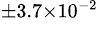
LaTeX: ^{\pm 3.7\times 10^{-2}}